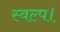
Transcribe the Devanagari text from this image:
स्वल्प।